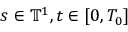
s \in \ensuremath { \mathbb { T } } ^ { 1 } , t \in [ 0 , T _ { 0 } ]